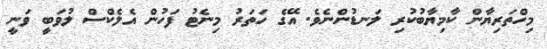
މިހްތަރިޔާން ކާމިޔާބުކުރި ލަނޑުންނެވެ. އޭގެ ހަތަރު މިނެޓު ފަހުން އެލެކްސް ލުވަބީ ވަނީ